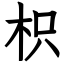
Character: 枳